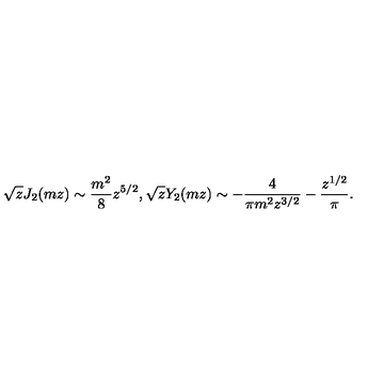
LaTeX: \sqrt { z } J _ { 2 } ( m z ) \sim { \frac { m ^ { 2 } } { 8 } } z ^ { 5 / 2 } , \sqrt { z } Y _ { 2 } ( m z ) \sim - { \frac { 4 } { \pi m ^ { 2 } z ^ { 3 / 2 } } } - { \frac { z ^ { 1 / 2 } } { \pi } } .